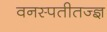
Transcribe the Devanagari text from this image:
वनस्पतीतज्‍ज्ञ